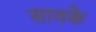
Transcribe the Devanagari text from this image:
सावके